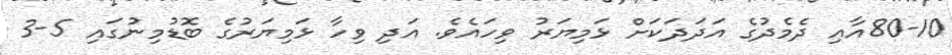
80-10އާއި ދެމެދުގެ އަދަދަކަށް ޅަމިޔަރު ވިހައެވެ. އަދި ވިހާ ޅަމިޔަރުގެ ބޮޑުމިނުގައި 5-3